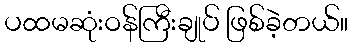
ပထမဆုံးဝန်ကြီးချုပ် ဖြစ်ခဲ့တယ်။